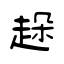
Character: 趓